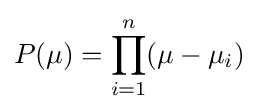
P(\mu )=\prod _{i=1}^{n}(\mu -\mu _{i})